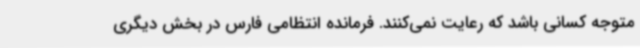
متوجه کسانی باشد که رعایت نمی‌کنند. فرمانده انتظامی فارس در بخش دیگری